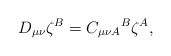
\begin{align*}D_{\mu \nu }\zeta ^{B}=C_{\mu \nu A}{}^{B}\zeta ^{A}, \end{align*}